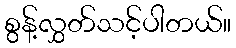
စွန့်လွှတ်သင့်ပါတယ်။